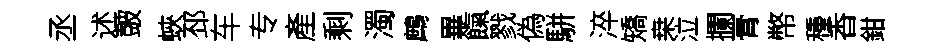
丞述皷蛺邳车专產剩濁鷓畢餼戮偽駢淬矯桒泣攔膏幣種香鉗